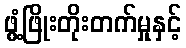
ဖွံ့ဖြိုးတိုးတက်မှုနှင့်